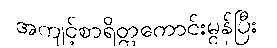
အကျင့်စာရိတ္တကောင်းမွန်ပြီး